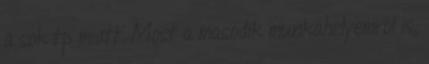
a sok tp miatt. Most a masodik munkahelyemrol is,